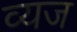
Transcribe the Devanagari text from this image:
व्यज